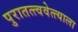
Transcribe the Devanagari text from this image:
पुरातत्त्ववेत्त्याला